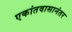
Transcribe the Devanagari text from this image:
एकांतवासानंतर